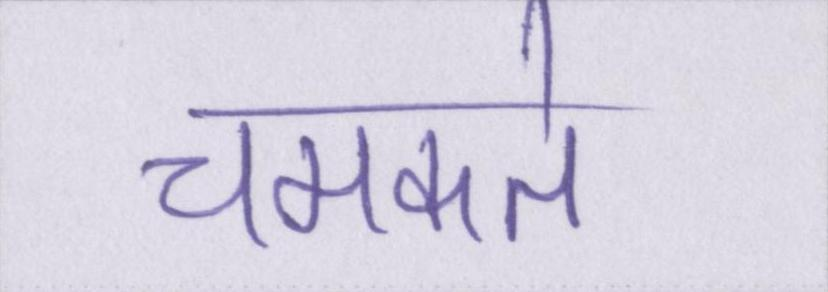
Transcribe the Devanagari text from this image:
चमकते